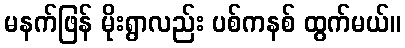
မနက်ဖြန် မိုးရွာလည်း ပစ်ကနစ် ထွက်မယ်။